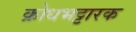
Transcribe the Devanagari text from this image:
क्रोधभट्टारक